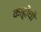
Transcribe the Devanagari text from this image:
काह्लोची